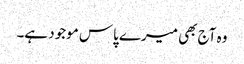
وہ آج بھی میرے پاس موجود ہے۔